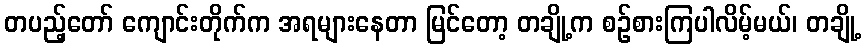
တပည့်တော် ကျောင်းတိုက်က အရများနေတာ မြင်တော့ တချို့က စဉ်စားကြပါလိမ့်မယ်၊ တချို့